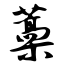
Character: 藁